Statistical return of the lunatic asylum in Assam - 1912-1932
Year: 1912
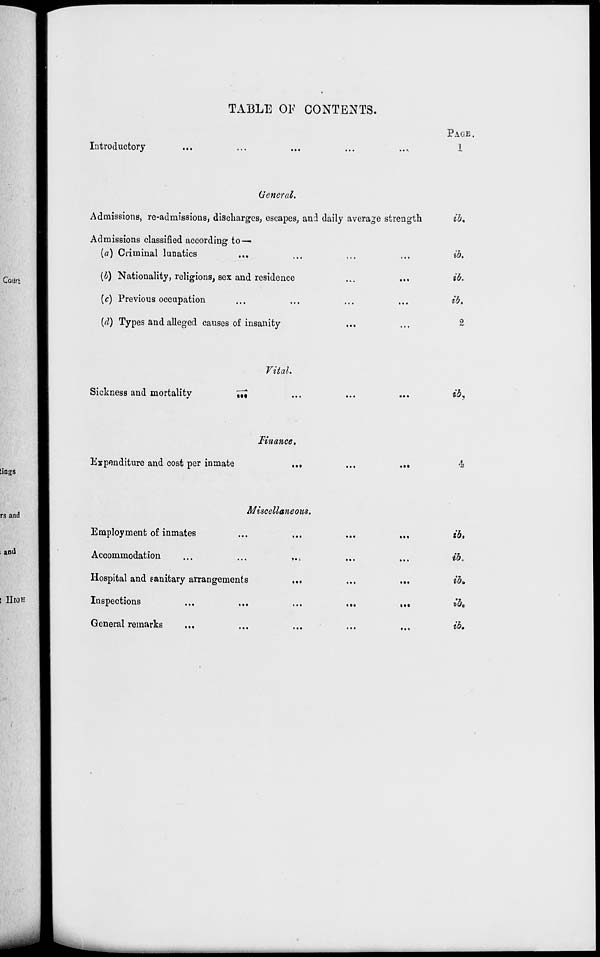
TABLE OF CONTENTS.
Introductory
PAGE .
1
General.
Admissions, re-admissions, discharges, escapes, and daily average strength
ib.
Admissions classified according to—•
(a) Criminal lunatics
(b) Nationality, religions, sex and residence
(c) Previous occupation
(d) Types and alleged causes of insanity
ib.
ib.
ib.
2
Vital.
Sickness and mortality
IM
ib.
Finance.
Expenditure and cost per inmate
4
Miscellaneous.
Employment of inmates
Accommodation
Hospital and sanitary arrangements
Inspections
General remarks
»••
ib,
ib.
ib 9
ib.